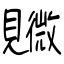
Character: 覹